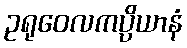
ဥရုဝေလကပ္ပိယာနံ